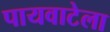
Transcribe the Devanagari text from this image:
पायवाटेला